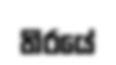
තිරයේ